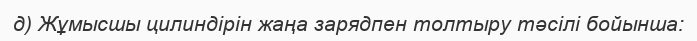
д) Жұмысшы цилиндірін жаңа зарядпен толтыру тәсілі бойынша: